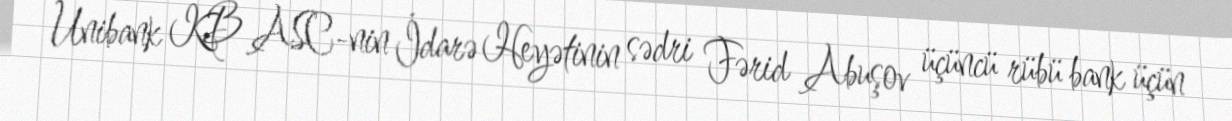
Unibank KB ASC-nin İdarə Heyətinin sədri Fərid Abuşov üçüncü rübü bank üçün